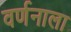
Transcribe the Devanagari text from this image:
वर्णनाला